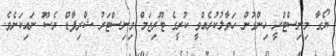
ޔޯގާ މިނިސްޓްރީ ހިންގުން ހަވާލުކުރެއްވީ ކުރީގެ ޓޫރިޒަމް މިނިސްޓަރު ޝްރިޕާޑް ޔެސޫ ނައިކަށެވެ.